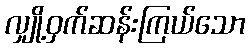
လျှို့ဝှက်ဆန်းကြယ်သော